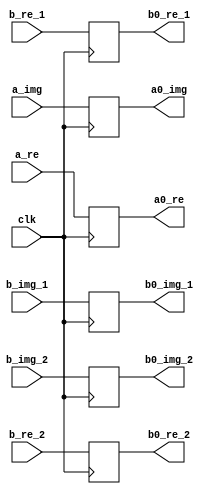
`timescale 1ns / 1ps
//////////////////////////////////////////////////////////////////////////////////
// Company: 
// Engineer: 
// 
// Design Name: 
// Module Name:    buf1 
// Project Name: 
// Target Devices: 
// Tool versions: 
// Description: 
//
// Dependencies: 
//
// Revision: 
// Revision 0.01 - File Created
// Additional Comments: 
//
//////////////////////////////////////////////////////////////////////////////////
module buf11(
    input [31:0] a_re,
    input [31:0] a_img,
    input [31:0] b_re_1,
    input [31:0] b_img_1,
    input [31:0] b_re_2,
    input [31:0] b_img_2,
    input clk,
    output reg [31:0] a0_re,
    output reg [31:0] a0_img,
    output reg [31:0] b0_re_1,
    output reg [31:0] b0_img_1,
    output reg [31:0] b0_re_2,
    output reg [31:0] b0_img_2
    );

always @(posedge clk) begin
a0_re<=a_re;
a0_img<=a_img;
b0_re_1<=b_re_1;
b0_img_1<=b_img_1;
b0_re_2<=b_re_2;
b0_img_2<=b_img_2;
end
endmodule